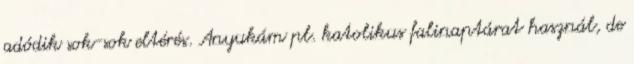
adódik sok-sok eltérés. Anyukám pl. katolikus falinaptárat használ, de